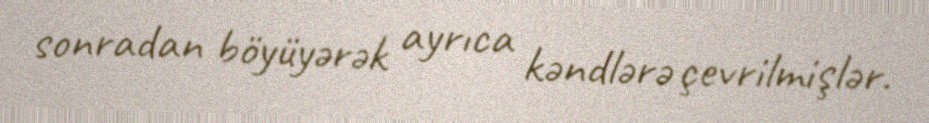
sonradan böyüyərək ayrıca kəndlərə çevrilmişlər.